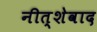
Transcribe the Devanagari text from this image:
नीत्शेवाद